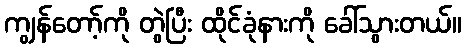
ကျွန်တော့်ကို တွဲပြီး ထိုင်ခုံနားကို ခေါ်သွားတယ်။